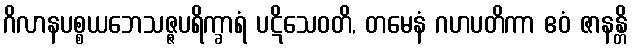
ဂိလာနပစ္စယဘေသဇ္ဇပရိက္ခာရံ ပဋိသေဝတိ, တမေနံ ဂဟပတိကာ ဧဝံ ဇာနန္တိ